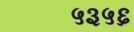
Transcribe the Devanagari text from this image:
५३५६